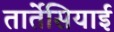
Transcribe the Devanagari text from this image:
तार्तेसियाई